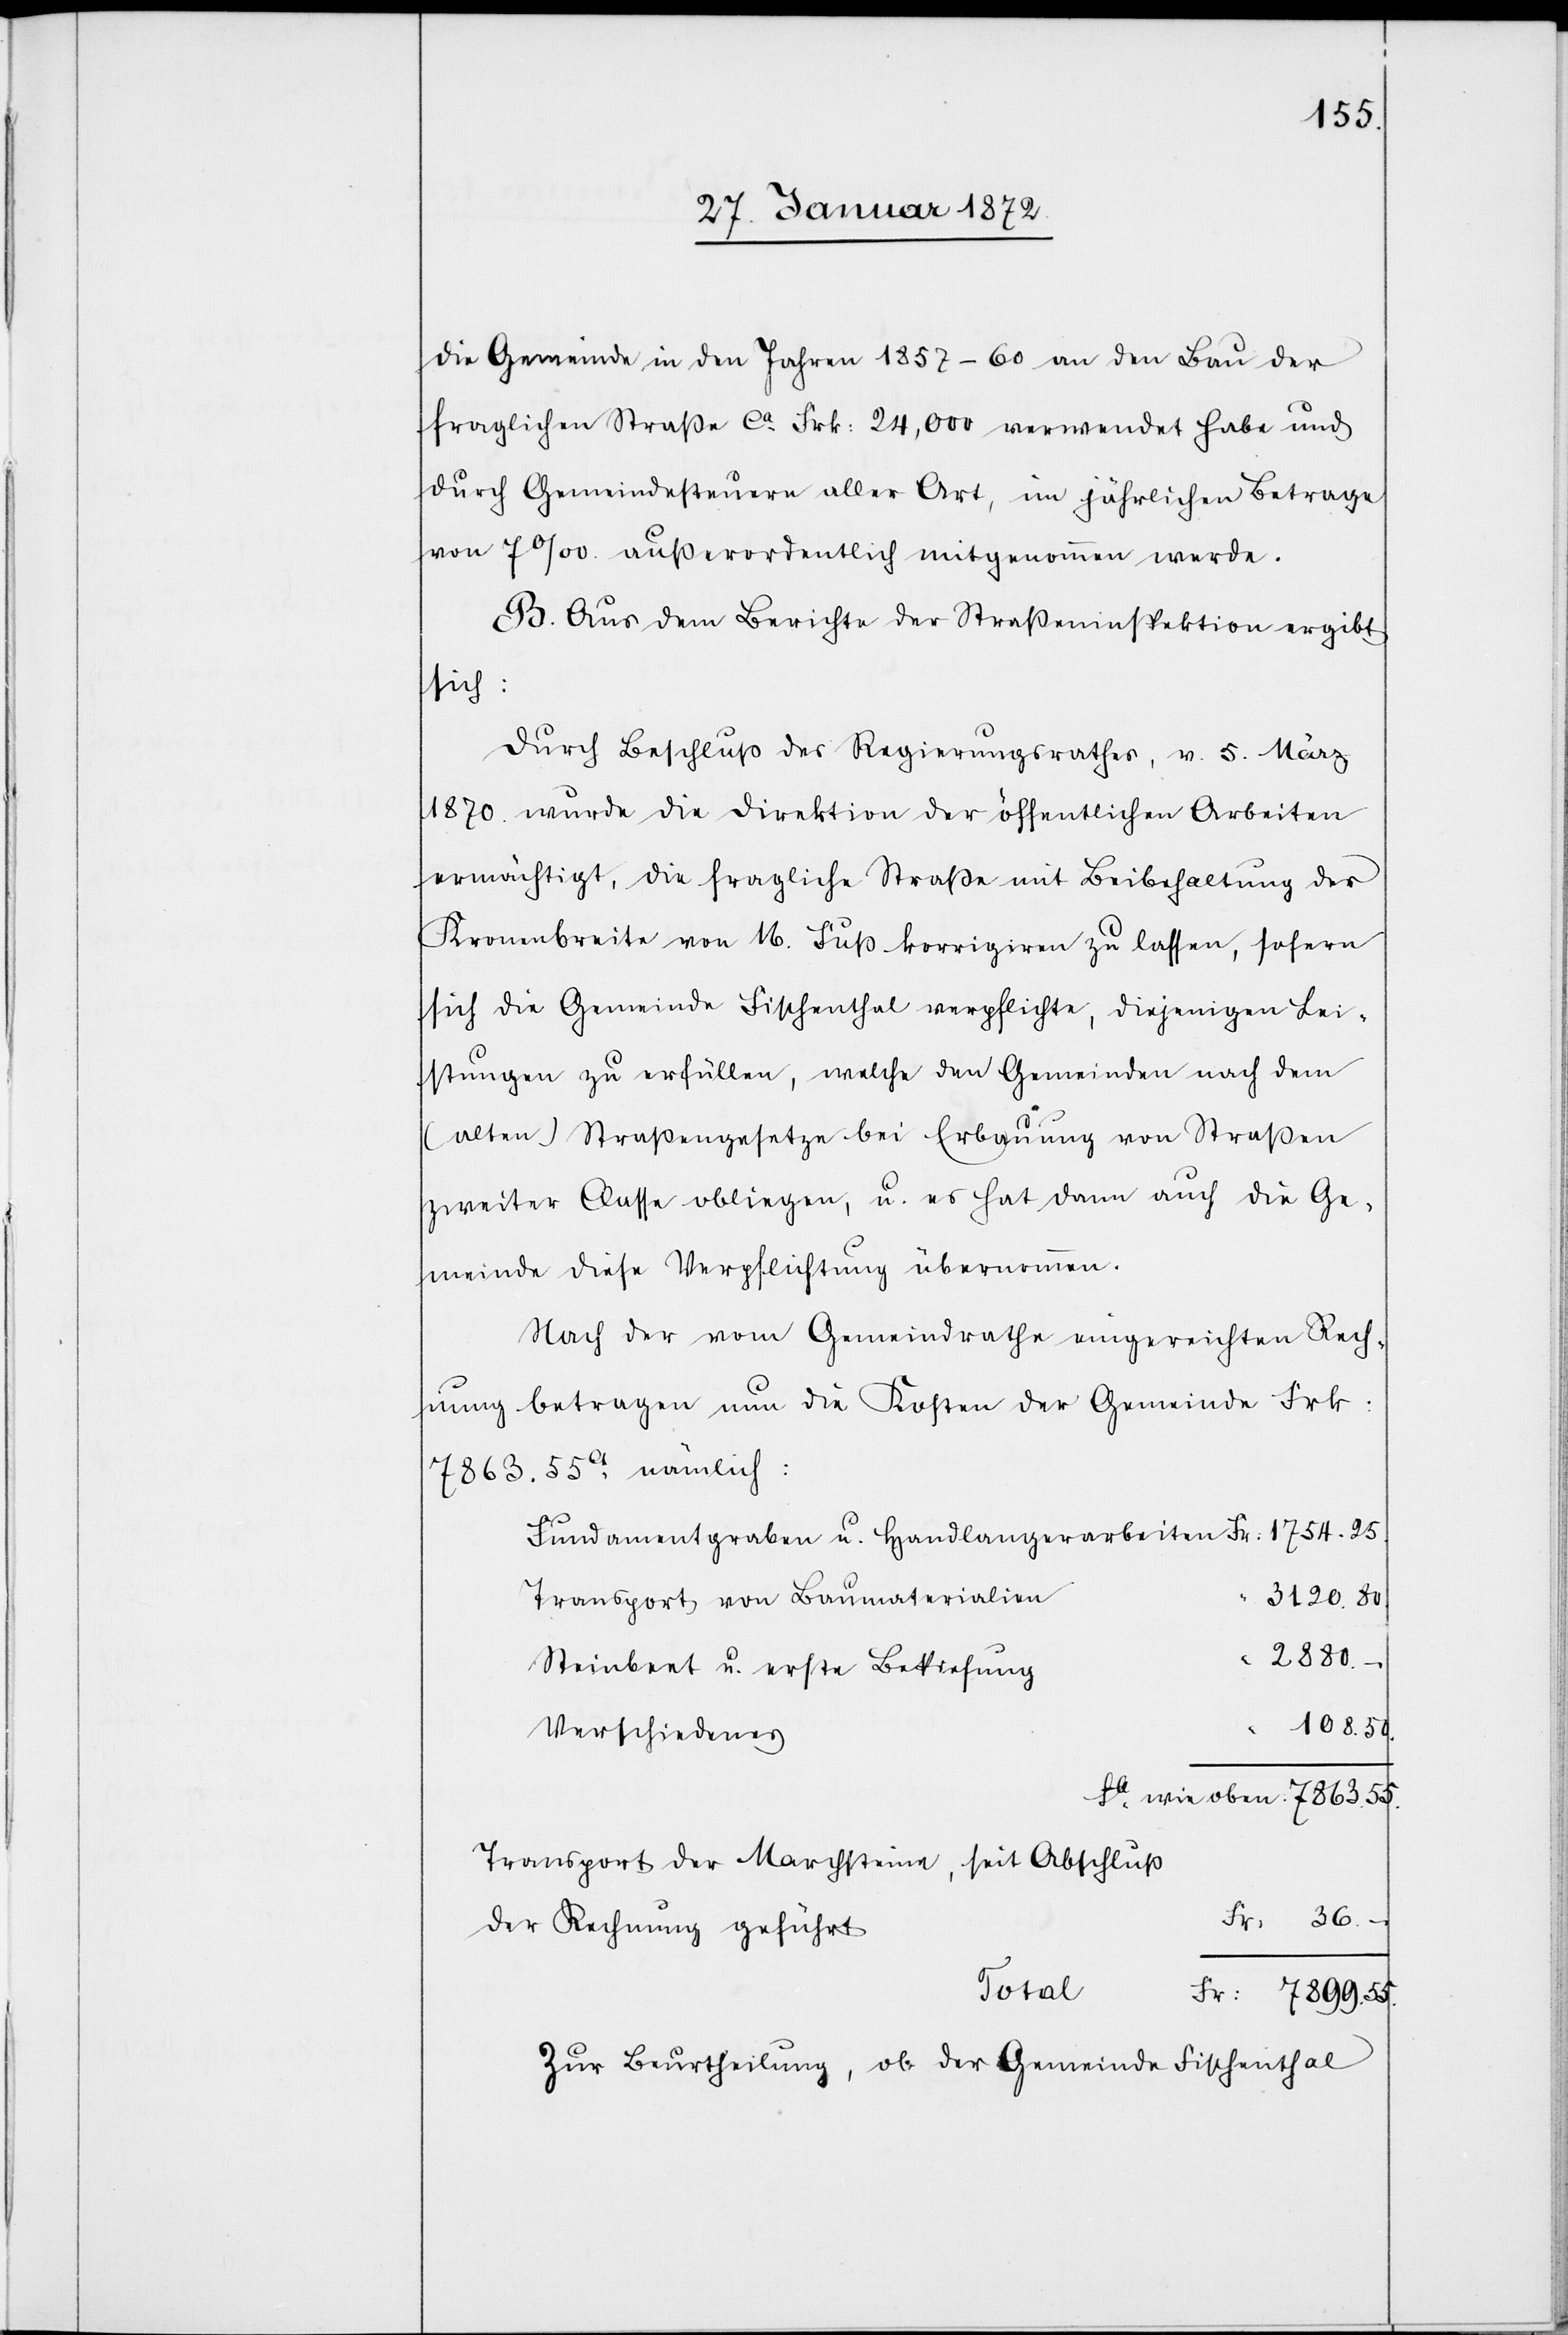
die Gemeinde in den Jahren 1857–60 an den Bau der
fraglichen Straße ca Frk: 24,000 verwendet habe und
durch Gemeindesteuern aller Art, im jährlichen Betrage
von 7 ‰. außerordentlich mitgenommen werde.
B. Aus dem Berichte der Straßeninspektion ergibt
sich:
Durch Beschluß des Regierungsrathes, v. 5. März
1870 wurde die Direktion der öffentlichen Arbeiten
ermächtigt, die fragliche Straße mit Beibehaltung der
Kronenbreite von 16. Fuß korrigiren zu lassen, sofern
sich die Gemeinde Fischenthal verpflichte, diejenigen Lei¬
stungen zu erfüllen, welche den Gemeinden nach dem
(alten) Straßengesetze bei Erbauung von Straßen
zweiter Classe obliegen, u. es hat dann auch die Ge¬
meinde diese Verpflichtung übernommen.
Nach der vom Gemeindrathe eingereichten Rech¬
nung betragen nun die Kosten der Gemeinde Frk:
7863.55ct nämlich:
Transport von Baumaterialien
3120.80
2880.–
Steinbeet u. erste Bekiesung
“ 108.50.
Verschiedenes
Transport der Marchsteine, seit Abschluß
Fr. 36.–
der Rechnung geführt
Total
Fr: 7899.55.
Zur Beurtheilung, ob der Gemeinde Fischenthal